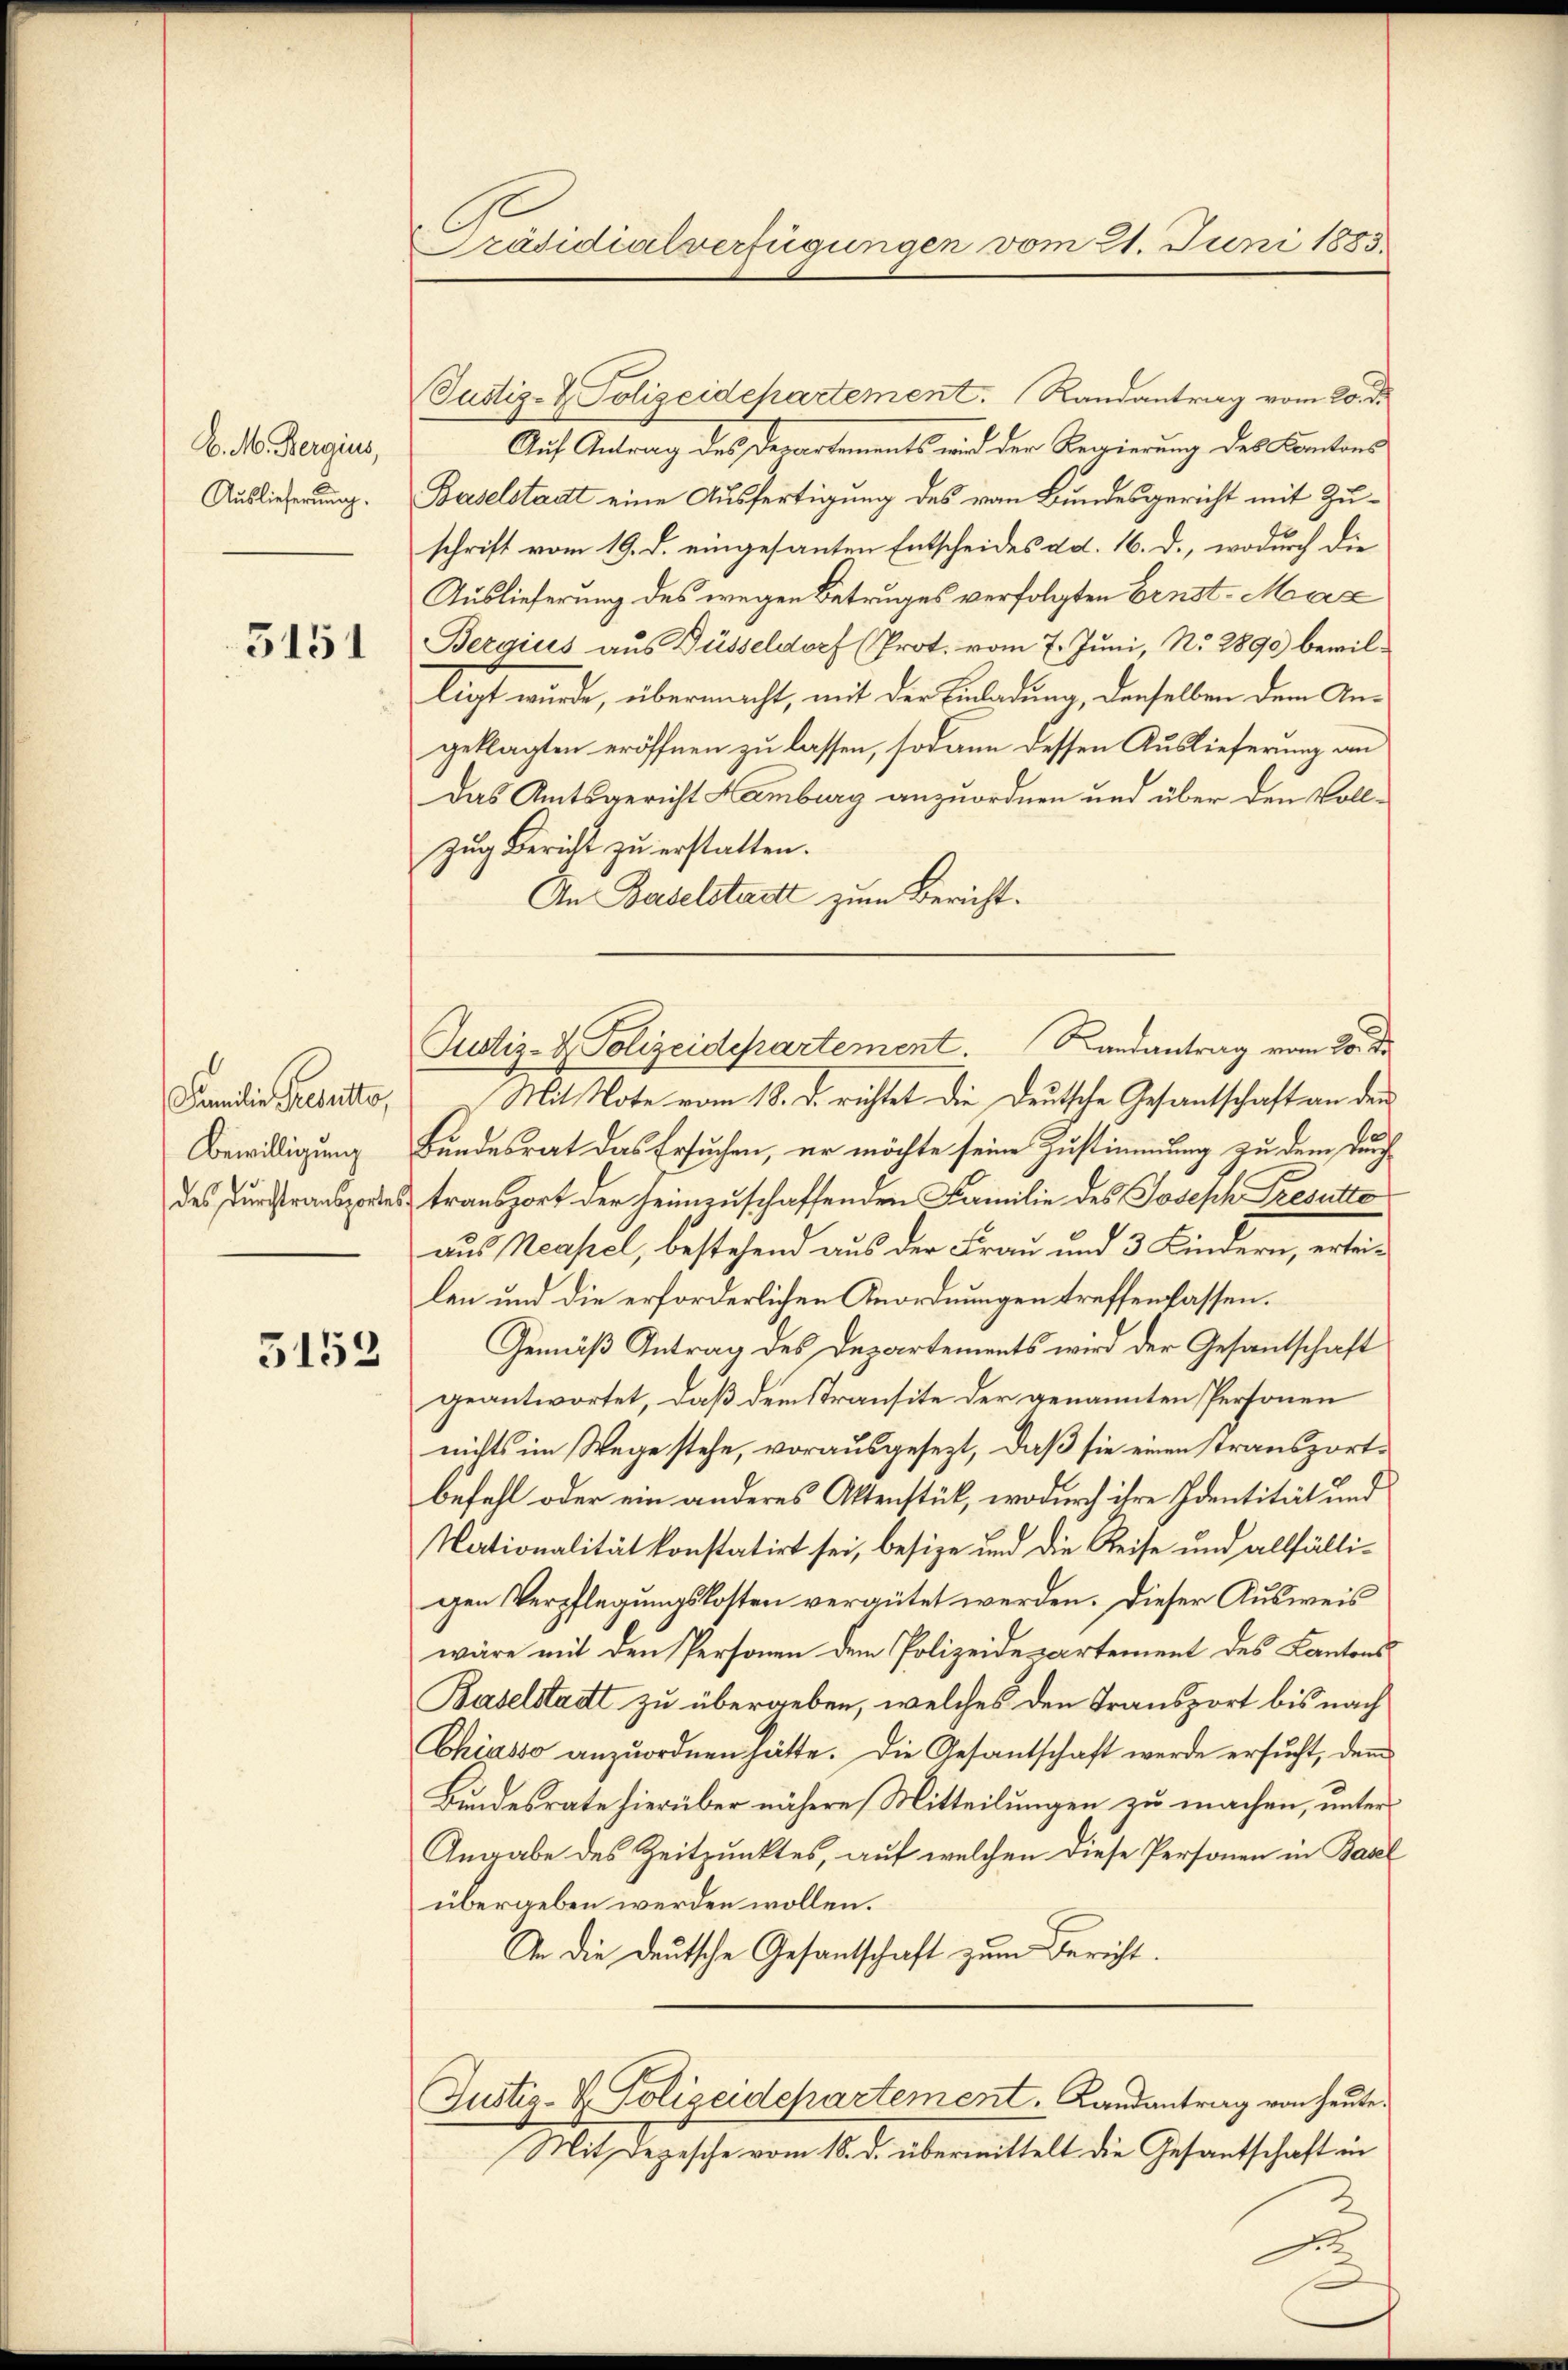
C. M. Bergius,
Auslieferung.

5151

Familie Resulto,
Bewilligung

3153

Präsidialverfügungen vom 21. Juni 1883.

Justiz- & Polizeidchartement. Randantrag vom 20. d.
Auf Antrag des Departements wird der Regierung des Kantons
Baselstadt eine Ausfertigung des von Bundesgericht mit Zuschrift vom 19. d. eingesanten Entscheides d.d. 16. d., wodurch die
Auslieferung des wegen Betruges verfolgten Ernst-Max
Bezgius aus Füsseldorf (Prot. vom 7. Juni, No. 2890 bewilliegt wurde, übermacht, mit der Einladung, denselben dem Angeklagten eröffnen zu lassen, sodann dessen Auslieferung an
Das Amtsgericht Hamburg anzuordnen und über den Voll¬
Zug Bericht zu erstatten.
An Baselsterett zum Bericht.
) Mit Note vom 18. d. richtet die Deutsche Gesantschaft an den
Bundesrat das Ersuchen, er möchte seine Zustimmung zu dem durch
des Durstransportes transport der heimzuschaffenden Familie des Joseph Fresutte
aus Neapel, bestehend aus der Frau und 3 Kindern, erteilen und die erforderlichen Anordnungen treffenfassen.
Gemäß Antrag des Departements wird der Gesantschaft
geantwortet, daß dem Transite der genannten Personen
nichts im Wege stehe, vorausgesezt, daß sie einen stransportbefehl oder ein anderes Aktenstück, wodurch ihre Identität und
Nationalität konstatirt sei, besize und die Reise und allfälligen Verpflegungskosten vergütet werden. Dieser Ausweis
wäre mit den Personen dem Polizeidepartement des Kantons
Baselstadt zu übergeben, welches den Transport bis nach
Chiasso anzŭordnen hätte. Die Gesantschaft werde ersŭcht, dem
Bundesrate hierüber nähere Mitteilungen zu machen, unter
Angabe des Zeitpunktes, auf welchen diese Personen in Basel
übergeben werden wollen.
An die deutsche Gesandtschaft zum Bericht.
Justiz- & Polizeidepartement. Landantrag von heute.
Mit Depesche vom 18. d. übermittelt die Gesantschaft in

Justiz- & Polizeidepartement. Randantrag vom 20. d.